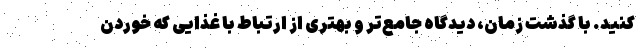
کنید. با گذشت زمان، دیدگاه جامع‌تر و بهتری از ارتباط با غذایی که خوردن